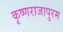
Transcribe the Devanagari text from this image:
कृष्णराजापुरम